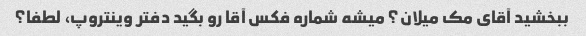
ببخشید آقای مک میلان؟ میشه شماره فکس آقا رو بگید دفتر وینتروپ، لطفا؟